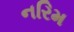
નરિમ